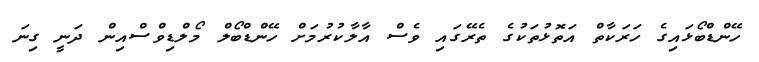
ހޭންޑްބޯޅައިގެ ހަރަކާތް އަތޮޅުތަކުގެ ތެރޭގައި ވެސް އާލާކުރުމަށް ހޭންޑްބޯލް މޯލްޑިވްސްއިން ދަނީ ގިނަ